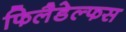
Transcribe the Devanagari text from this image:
फिलैडेल्फस